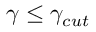
\gamma \le \gamma _ { c u t }